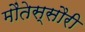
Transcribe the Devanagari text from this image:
मौंतेस्सौरी